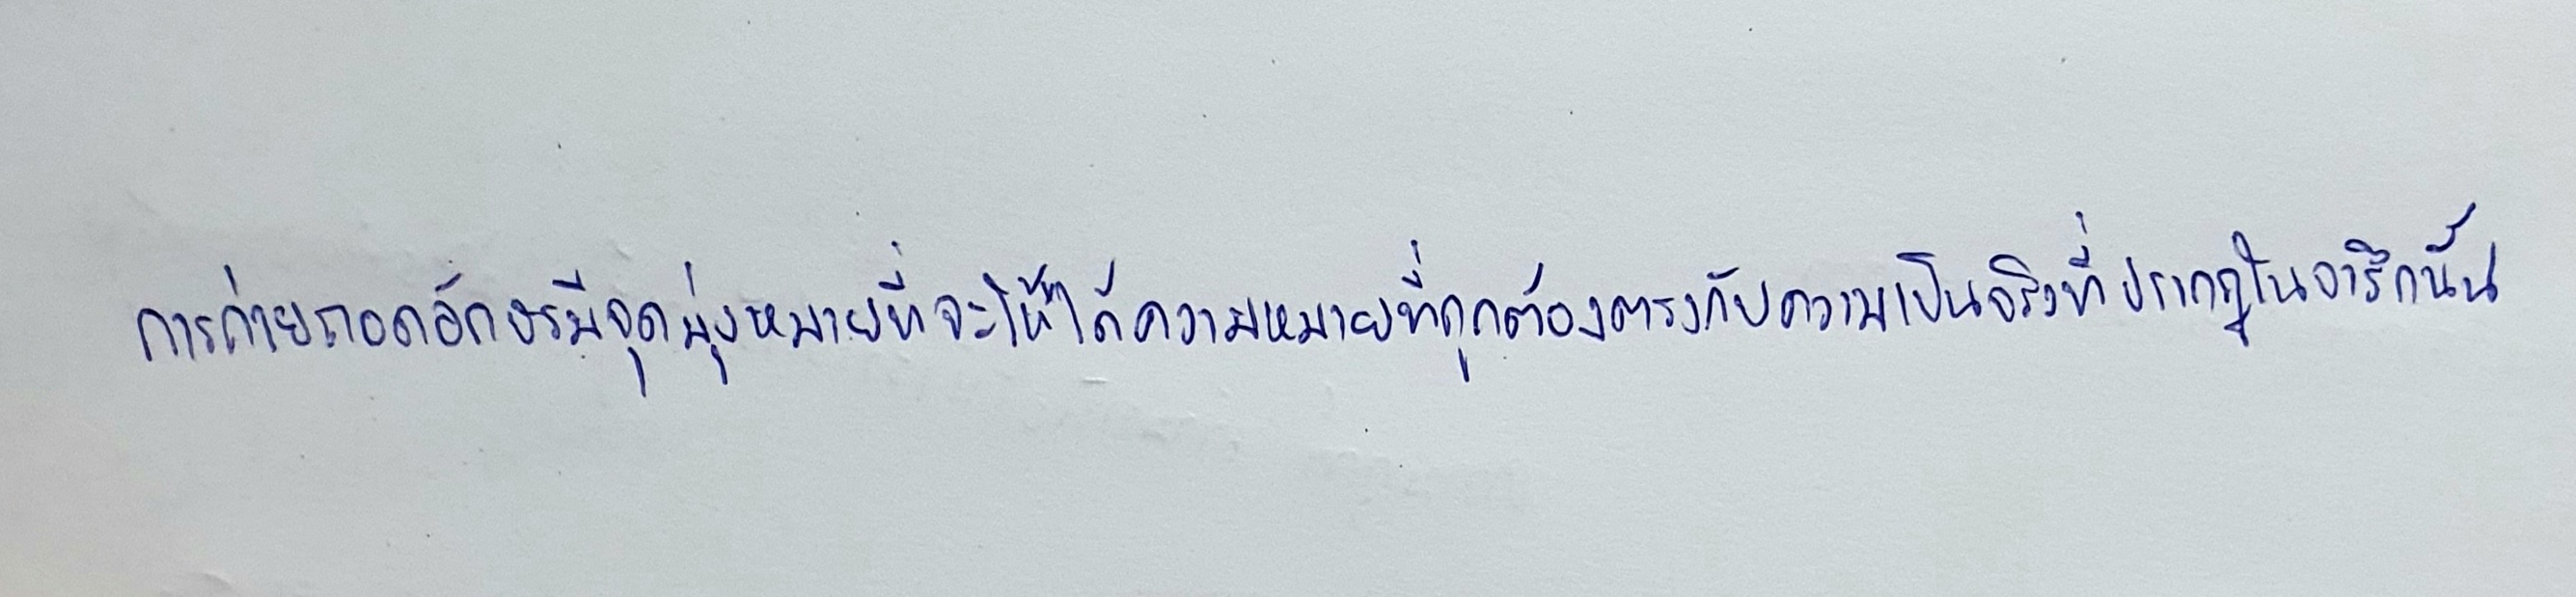
การถ่ายถอดอักษรมีจุดมุ่งหมายที่จะให้ได้ความหมายที่ถูกต้องตรงกับความเป็นจริงที่ปรากฏในจารึกนั้น